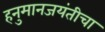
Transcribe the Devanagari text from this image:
हनुमानजयंतीचा